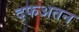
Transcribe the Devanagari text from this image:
दफअतन